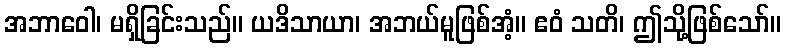
အဘာဝေါ၊ မရှိခြင်းသည်။ ယဒိသာယာ၊ အဘယ်မူဖြစ်အံ့။ ဧဝံ သတိ၊ ဤသို့ဖြစ်သော်။